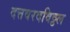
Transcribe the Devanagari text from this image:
दत्तवरदविठ्ठल